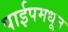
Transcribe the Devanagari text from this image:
पाईपमधून